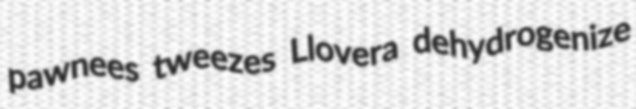
pawnees tweezes Llovera dehydrogenize